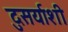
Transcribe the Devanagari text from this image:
दुसर्याशी